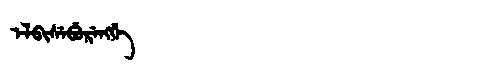
Manchu: ᡝᠯᠪᡳᠰᡝᠪᡠᡵᡝᠩᡤᡝ
Romanization: ELBISEBURENGGE